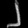
Digit: ၂